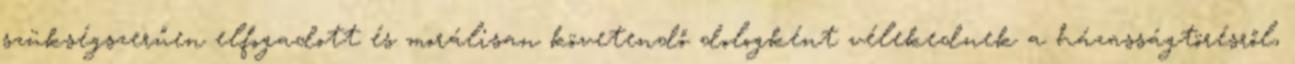
szükségszerűen elfogadott és morálisan követendő dologként vélekednek a házasságtörésről,